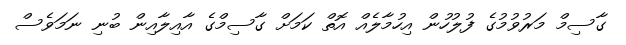
ގާސިމް މަރުވުމުގެ ފުލުހުން އިހުމާލެއް އޮތް ކަމަށް ގާސިމްގެ އާއިލާއިން ބުނި ނަމަވެސް